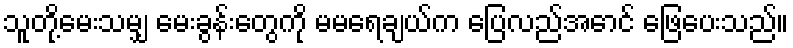
သူတို့မေးသမျှ မေးခွန်းတွေကို မမရေချယ်က ပြေလည်အောင် ဖြေပေးသည်။